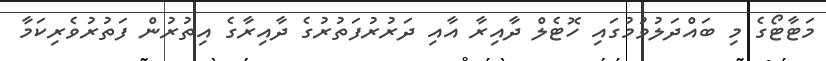
މަޓާޓޯގެ މި ބައްދަލުވުމުގައި ހޮޓެލް ދާއިރާ އާއި ދަރުރުފަތުރުގެ ދާއިރާގެ އިތުރުން ފަތުރުވެރިކަމާ